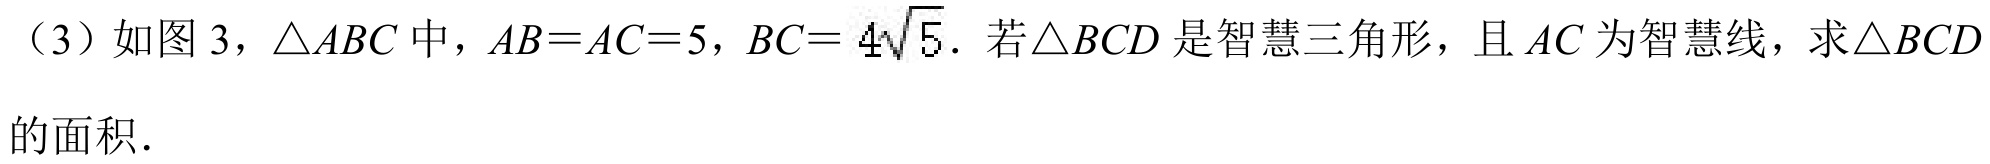
（3）如图3，\(\triangle ABC\)中，\(AB = AC = 5\)，\(BC = 4\sqrt{5}\). 若\(\triangle BCD\)是智慧三角形，且\(AC\)为智慧线，求\(\triangle BCD\)
的面积.